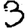
Digit: 3